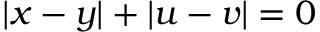
| x - y | + | u - v | = 0